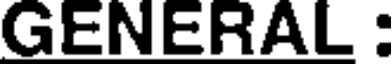
GENERAL :